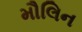
મૌલિન